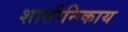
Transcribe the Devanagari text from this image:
शासीनिकाय